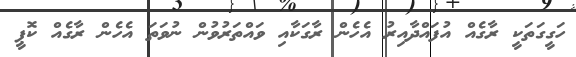
ހަގީގަތަކީ ރާގެއް އުފައްދާއިރު އެހެން ރާގަކާއި ވައްތަރުވުން ނުވަތަ އެހެން ރާގެއް ކޮޕީ